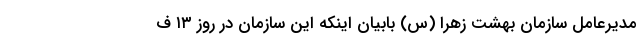
مدیرعامل سازمان بهشت زهرا (س) بابیان اینکه این سازمان در روز ۱۳ ف